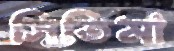
সিতিমা